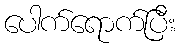
ပေါက်ရောက်ပြီး